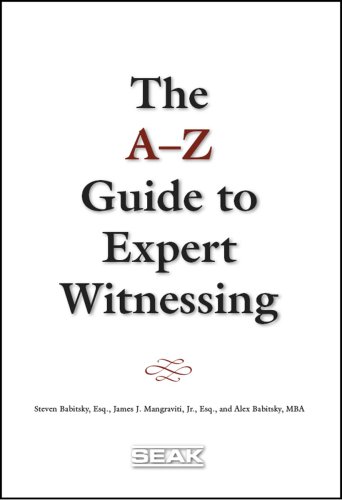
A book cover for A-Z Guide to Expert Witnessing; Steven Babitsky; Law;